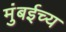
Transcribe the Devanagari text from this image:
मुंबईच्य